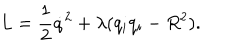
L = \frac 1 2 \dot { q } ^ { 2 } + \lambda ( q _ { i } q _ { i } - R ^ { 2 } ) .